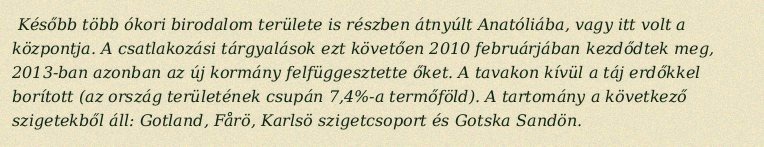
Később több ókori birodalom területe is részben átnyúlt Anatóliába, vagy itt volt a központja. A csatlakozási tárgyalások ezt követően 2010 februárjában kezdődtek meg, 2013-ban azonban az új kormány felfüggesztette őket. A tavakon kívül a táj erdőkkel borított (az ország területének csupán 7,4%-a termőföld). A tartomány a következő szigetekből áll: Gotland, Fårö, Karlsö szigetcsoport és Gotska Sandön.